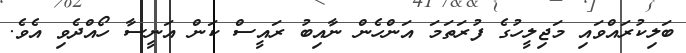
ބަލިކުރައްވައި މަޖިލީހުގެ ފުރަތަމަ އަންހެން ނާއިބު ރައީސް ކަން އަނީސާ ހޯއްދެވި އެވެ.